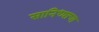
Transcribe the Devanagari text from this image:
सानिध्याचा